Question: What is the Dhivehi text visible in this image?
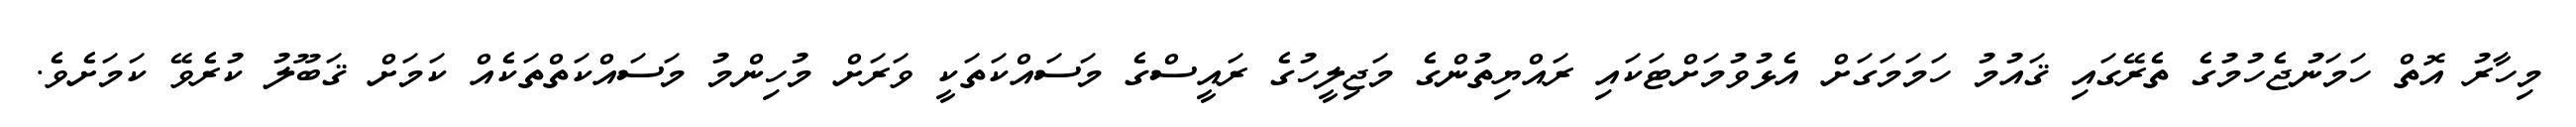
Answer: މިހާރު އޮތް ހަމަނުޖެހުމުގެ ތެރޭގައި ޤައުމު ހަމަމަގަށް އެޅުވުމަށްޓަކައި ރައްޔިތުންގެ މަޖިލީހުގެ ރައީސްގެ މަސައްކަތަކީ ވަރަށް މުހިންމު މަސައްކަތްތަކެއް ކަމަށް ޤަބޫލު ކުރެވޭ ކަމަށެވެ.